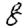
Digit: 8